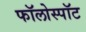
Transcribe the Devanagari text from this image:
फॉलोस्पॉट